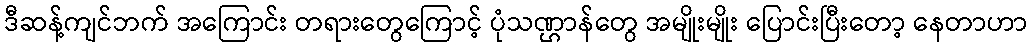
ဒီဆန့်ကျင်ဘက် အကြောင်း တရားတွေကြောင့် ပုံသဏ္ဌာန်တွေ အမျိုးမျိုး ပြောင်းပြီးတော့ နေတာဟာ